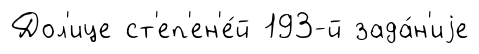
Дол'ице ст'еп'ен'е́й 193-й зада́н'иjе